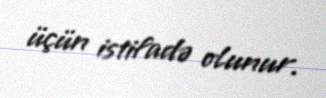
üçün istifadə olunur.